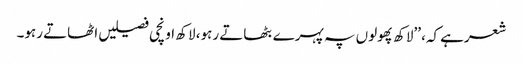
شعرہے کہ، ’’لاکھ پھولوں پہ پہرے بٹھاتے رہو، لاکھ اونچی فصیلیں اٹھاتے رہو۔